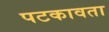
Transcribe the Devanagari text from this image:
पटकावता